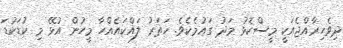
ދިވެހިރާއްޖެއަކީ މީސްކޮޅު މަދު ގައުމެކެވެ. ހަތަރު ލައްކައެއްހާ މީހުން އުޅޭ މި ކުޑަކުޑަ